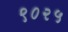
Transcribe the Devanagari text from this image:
९०२५